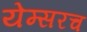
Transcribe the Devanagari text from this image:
येम्सरच